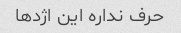
حرف نداره این اژدها